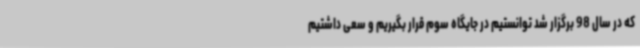
که در سال 98 برگزار شد توانستیم در جایگاه سوم قرار بگیریم و سعی داشتیم